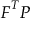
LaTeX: { \boldsymbol { F } } ^ { T } { \boldsymbol { P } }